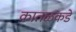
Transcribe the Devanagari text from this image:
कातळकडे